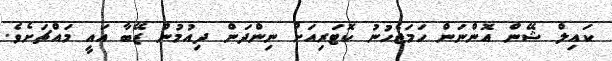
ކައިލް ޝޭން އޮންނަން ހަމަޖެހުނު ކޮޓަރިއަށް ނިންދަން ދިއުމުން ޒޭބާ އައީ މައްޗަށެވެ.